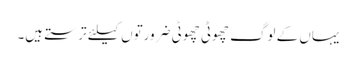
یہاں کے لوگ چھوٹی چھوٹی ضرورتوں کیلئے ترستے ہیں۔